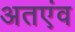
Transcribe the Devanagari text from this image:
अतएंव